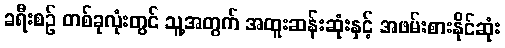
ခရီးစဉ် တစ်ခုလုံးတွင် သူ့အတွက် အထူးဆန်းဆုံးနှင့် အဖမ်းစားနိုင်ဆုံး